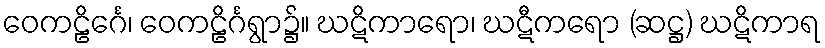
ဝေကဠိင်္ဂေ၊ ဝေကဠိင်္ဂရွာ၌။ ဃဋိကာရော၊ ဃဋီကရော (ဆဋ္ဌ) ဃဋိကာရ